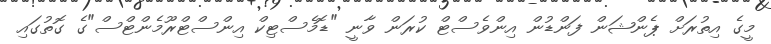
މީގެ އިތުރަށް ޕެންޝަން ފަންޑުން އިންވެސްޓް ކުރަން ވާނީ "ޑޮމެސްޓިކް އިންސްޓްރޫމެންޓްސް"ގެ ގޮތުގައި